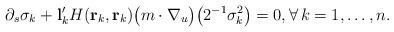
LaTeX: \begin{align*} \partial_s\sigma_k + \mathbf l'_kH(\mathbf r_k,\mathbf r_k)\big(m\cdot\nabla_u\big)\big(2^{-1}\sigma_k^2\big)=0, \forall\,k=1,\ldots,n.\end{align*}